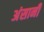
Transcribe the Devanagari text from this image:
अंसानी